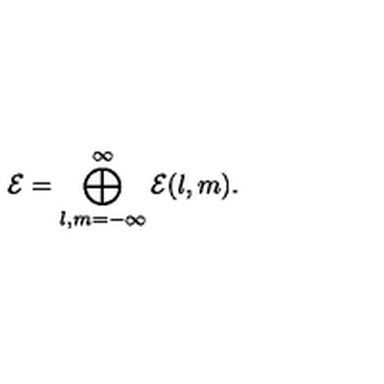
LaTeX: { \cal E } = \bigoplus _ { l , m = - \infty } ^ { \infty } { \cal E } ( l , m ) .